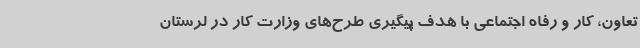
تعاون، کار و رفاه اجتماعی با هدف پیگیری طرح‌های وزارت کار در لرستان